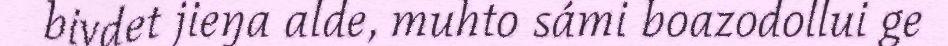
bivdet jieŋa alde, muhto sámi boazodollui ge